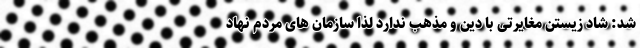
شد: شاد زیستن مغایرتی با دین و مذهب ندارد لذا سازمان های مردم نهاد